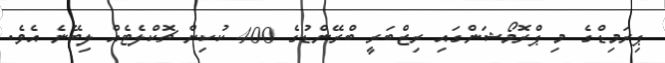
ޕިރަމިޑްގެ މި ޕްރޮމޯޝަންގައި ރިޒްބަރީ ބްރޭންޑުގެ 400 ކުކިން ޗޮކްލެޓެއް ލިބޭނެ އެވެ.